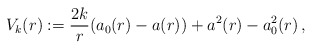
\begin{align*} V_k(r) := \frac{2k}{r} (a_0(r)-a(r)) +a^2(r)-a_0^2(r)\,,\end{align*}